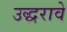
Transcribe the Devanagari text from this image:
उद्धरावे